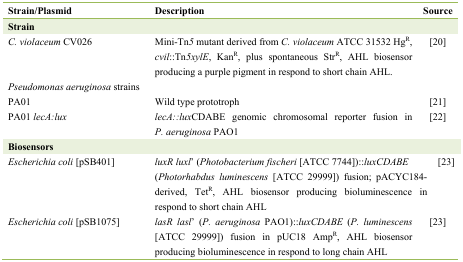
| Strain/Plasmid | Description | Source |
 | --- | --- | --- |
 | Strain |  |  |
 | C. violaceum CV026 | Mini-Tn5 mutant derived from C. violaceum ATCC 31532 HgR, cvil::Tn5xylE, KanR, plus spontaneous StrR, AHL biosensor producing a purple pigment in respond to short chain AHL. | [20] |
 | Pseudomonas aeruginosa strains PA01 | Wild type prototroph | [21] |
 | PA01 lecA:lux | lecA::luxCDABE genomic chromosomal reporter fusion in P. aeruginosa PAO1 | [22] |
 | Biosensors |  |  |
 | Escherichia coli [pSB401] | luxR luxl' (Photobacterium fischeri [ATCC 7744])::luxCDABE (Photorhabdus luminescens [ATCC 29999]) fusion; pACYC184-derived, TetR, AHL biosensor producing bioluminescence in respond to short chain AHL | [23] |
 | Escherichia coli [pSB1075] | lasR lasl' (P. aeruginosa PAO1)::luxCDABE (P. luminescens [ATCC 29999]) fusion in pUC18 AmpR, AHL biosensor producing bioluminescence in respond to long chain AHL | [23] |